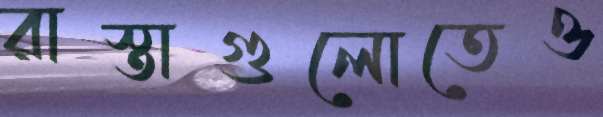
রাস্তাগুলোতেও